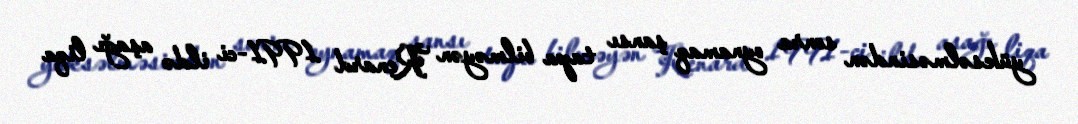
yüksəlməsindən sonra oynamaq şansı tapa bilməyən Renard 1991-ci ildə aşağı liqa